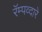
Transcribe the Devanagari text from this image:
रॅम्पव्दारे